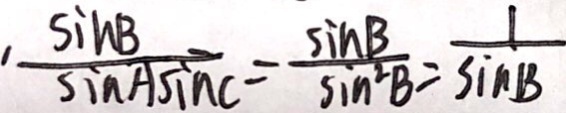
\frac { \sin B } { \sin A \sin C } = \frac { \sin B } { \sin ^ { 2 } B } = \frac { 1 } { \sin B }